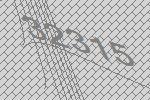
32315